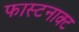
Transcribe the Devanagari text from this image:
फास्टनाक्ट